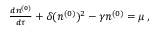
\begin{array} { r } { { \frac { d n ^ { ( 0 ) } } { d \tau } } + \delta ( n ^ { ( 0 ) } ) ^ { 2 } - \gamma n ^ { ( 0 ) } = \mu \, , } \end{array}